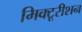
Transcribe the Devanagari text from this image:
मिक्टूरीशन